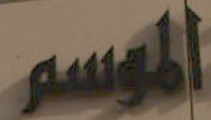
الموسم